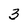
Character: 3